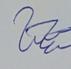
Signature authenticity: genuine